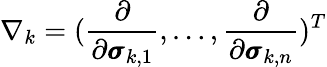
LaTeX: \nabla_{k}=(\frac\partial{\partial\pmb{\sigma}_{k,1}},\dots,\frac\partial{\partial\pmb{\sigma}_{k,n}})^{T}